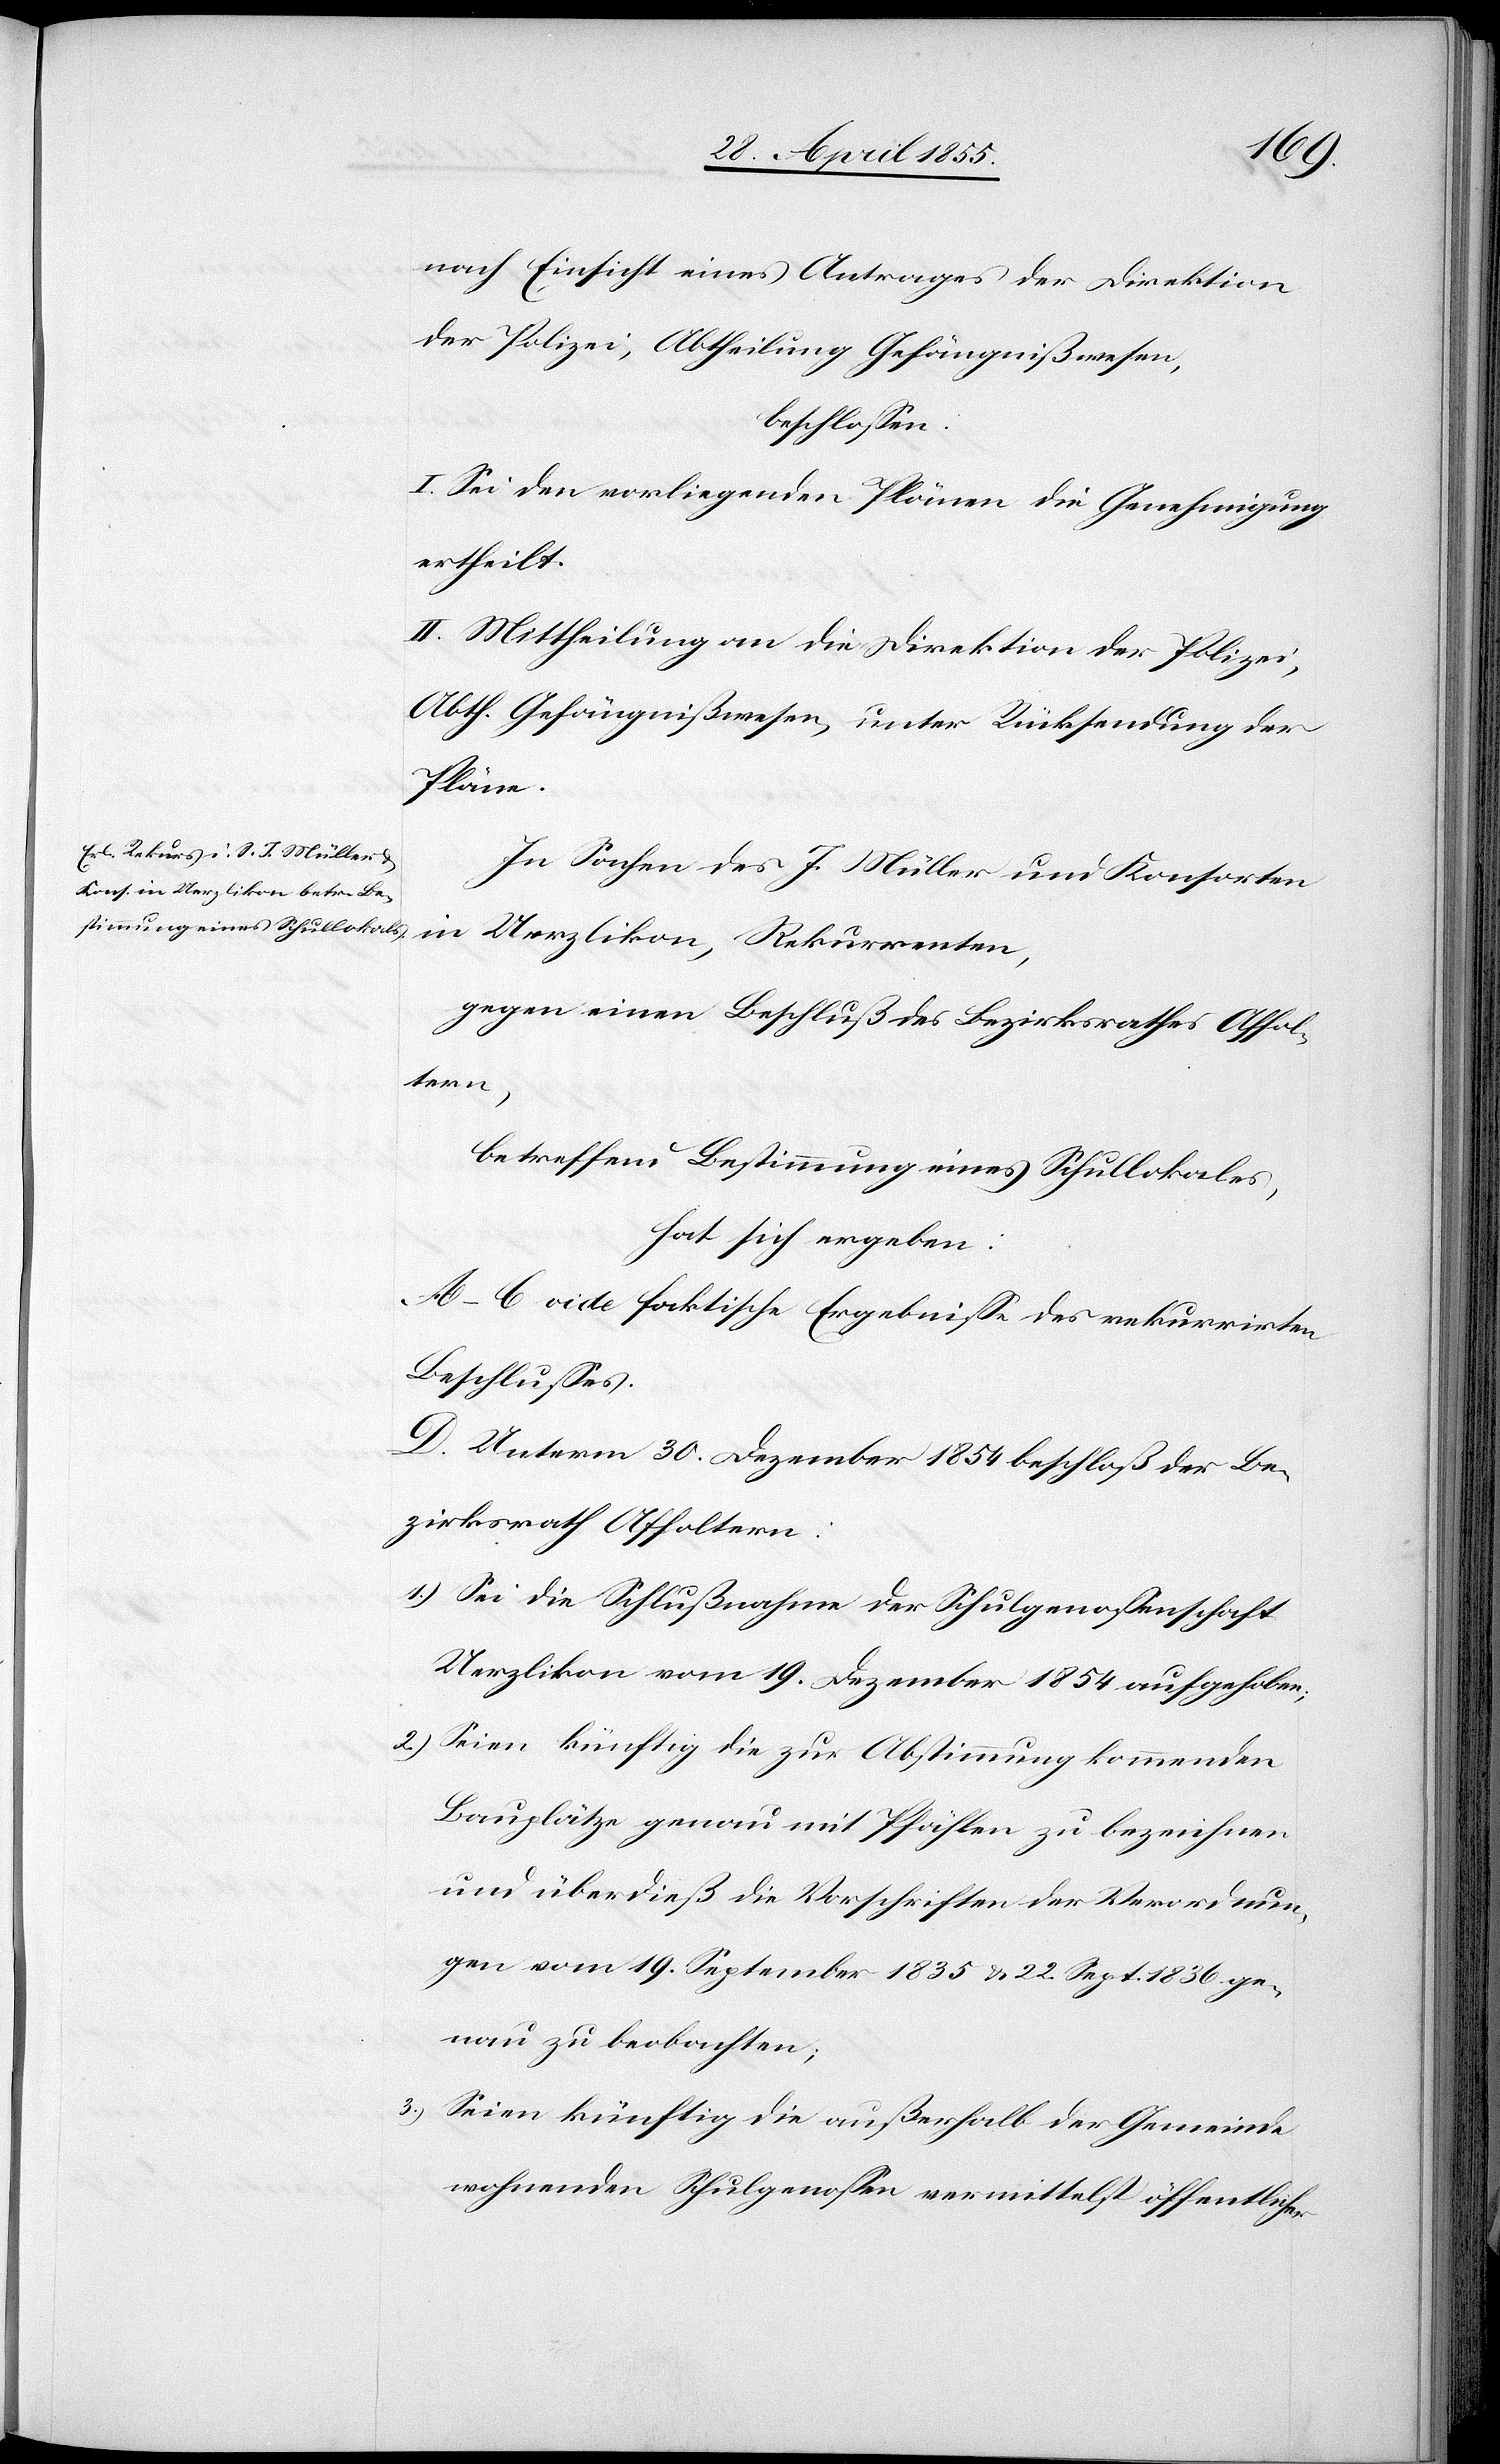
1.)
nach Einsicht eines Antrages der Direktion
der Polizei, Abtheilung Gefängnißwesen,
beschlossen.
I. Sei den vorliegenden Plänen die Genehmigung
ertheilt.
II. Mittheilung an die Direktion der Polizei,
Abth. Gefängnißwesen, unter Rücksendung der
Pläne.
In Sachen des J. Müller und Konsorten
in Uerzlikon, Rekurrenten,
gegen einen Beschluß des Bezirksrathes Affol¬
tern,
betreffend Bestimmung eines Schullokales,
hat sich ergeben:
A–C vide faktische Ergebnisse des rekurrirten
Beschlusses.
D. Unterm 30. Dezember 1854 beschloß der Be¬
zirksrath Affoltern:
Sei die Schlußnahme der Schulgenossenschaft
Uerzlikon vom 19. Dezember 1854 aufgehoben;
Seien künftig die zur Abstimmung kommenden
Bauplätze genau mit Pfählen zu bezeichnen
und überdieß die Vorschriften der Verordnun¬
gen vom 19. September 1835 & 22. Sept. 1836 ge¬
nau zu beobachten;
Seien künftig die außerhalb der Gemeinde
wohnenden Schulgenossen vermittelst öffentlicher